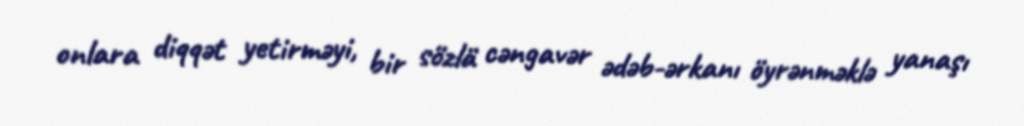
onlara diqqət yetirməyi, bir sözlä cəngavər ədəb-ərkanı öyrənməklə yanaşı